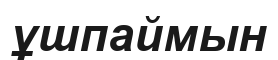
ұшпаймын